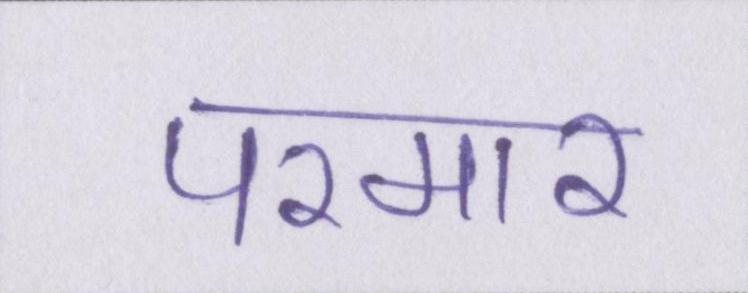
परमार